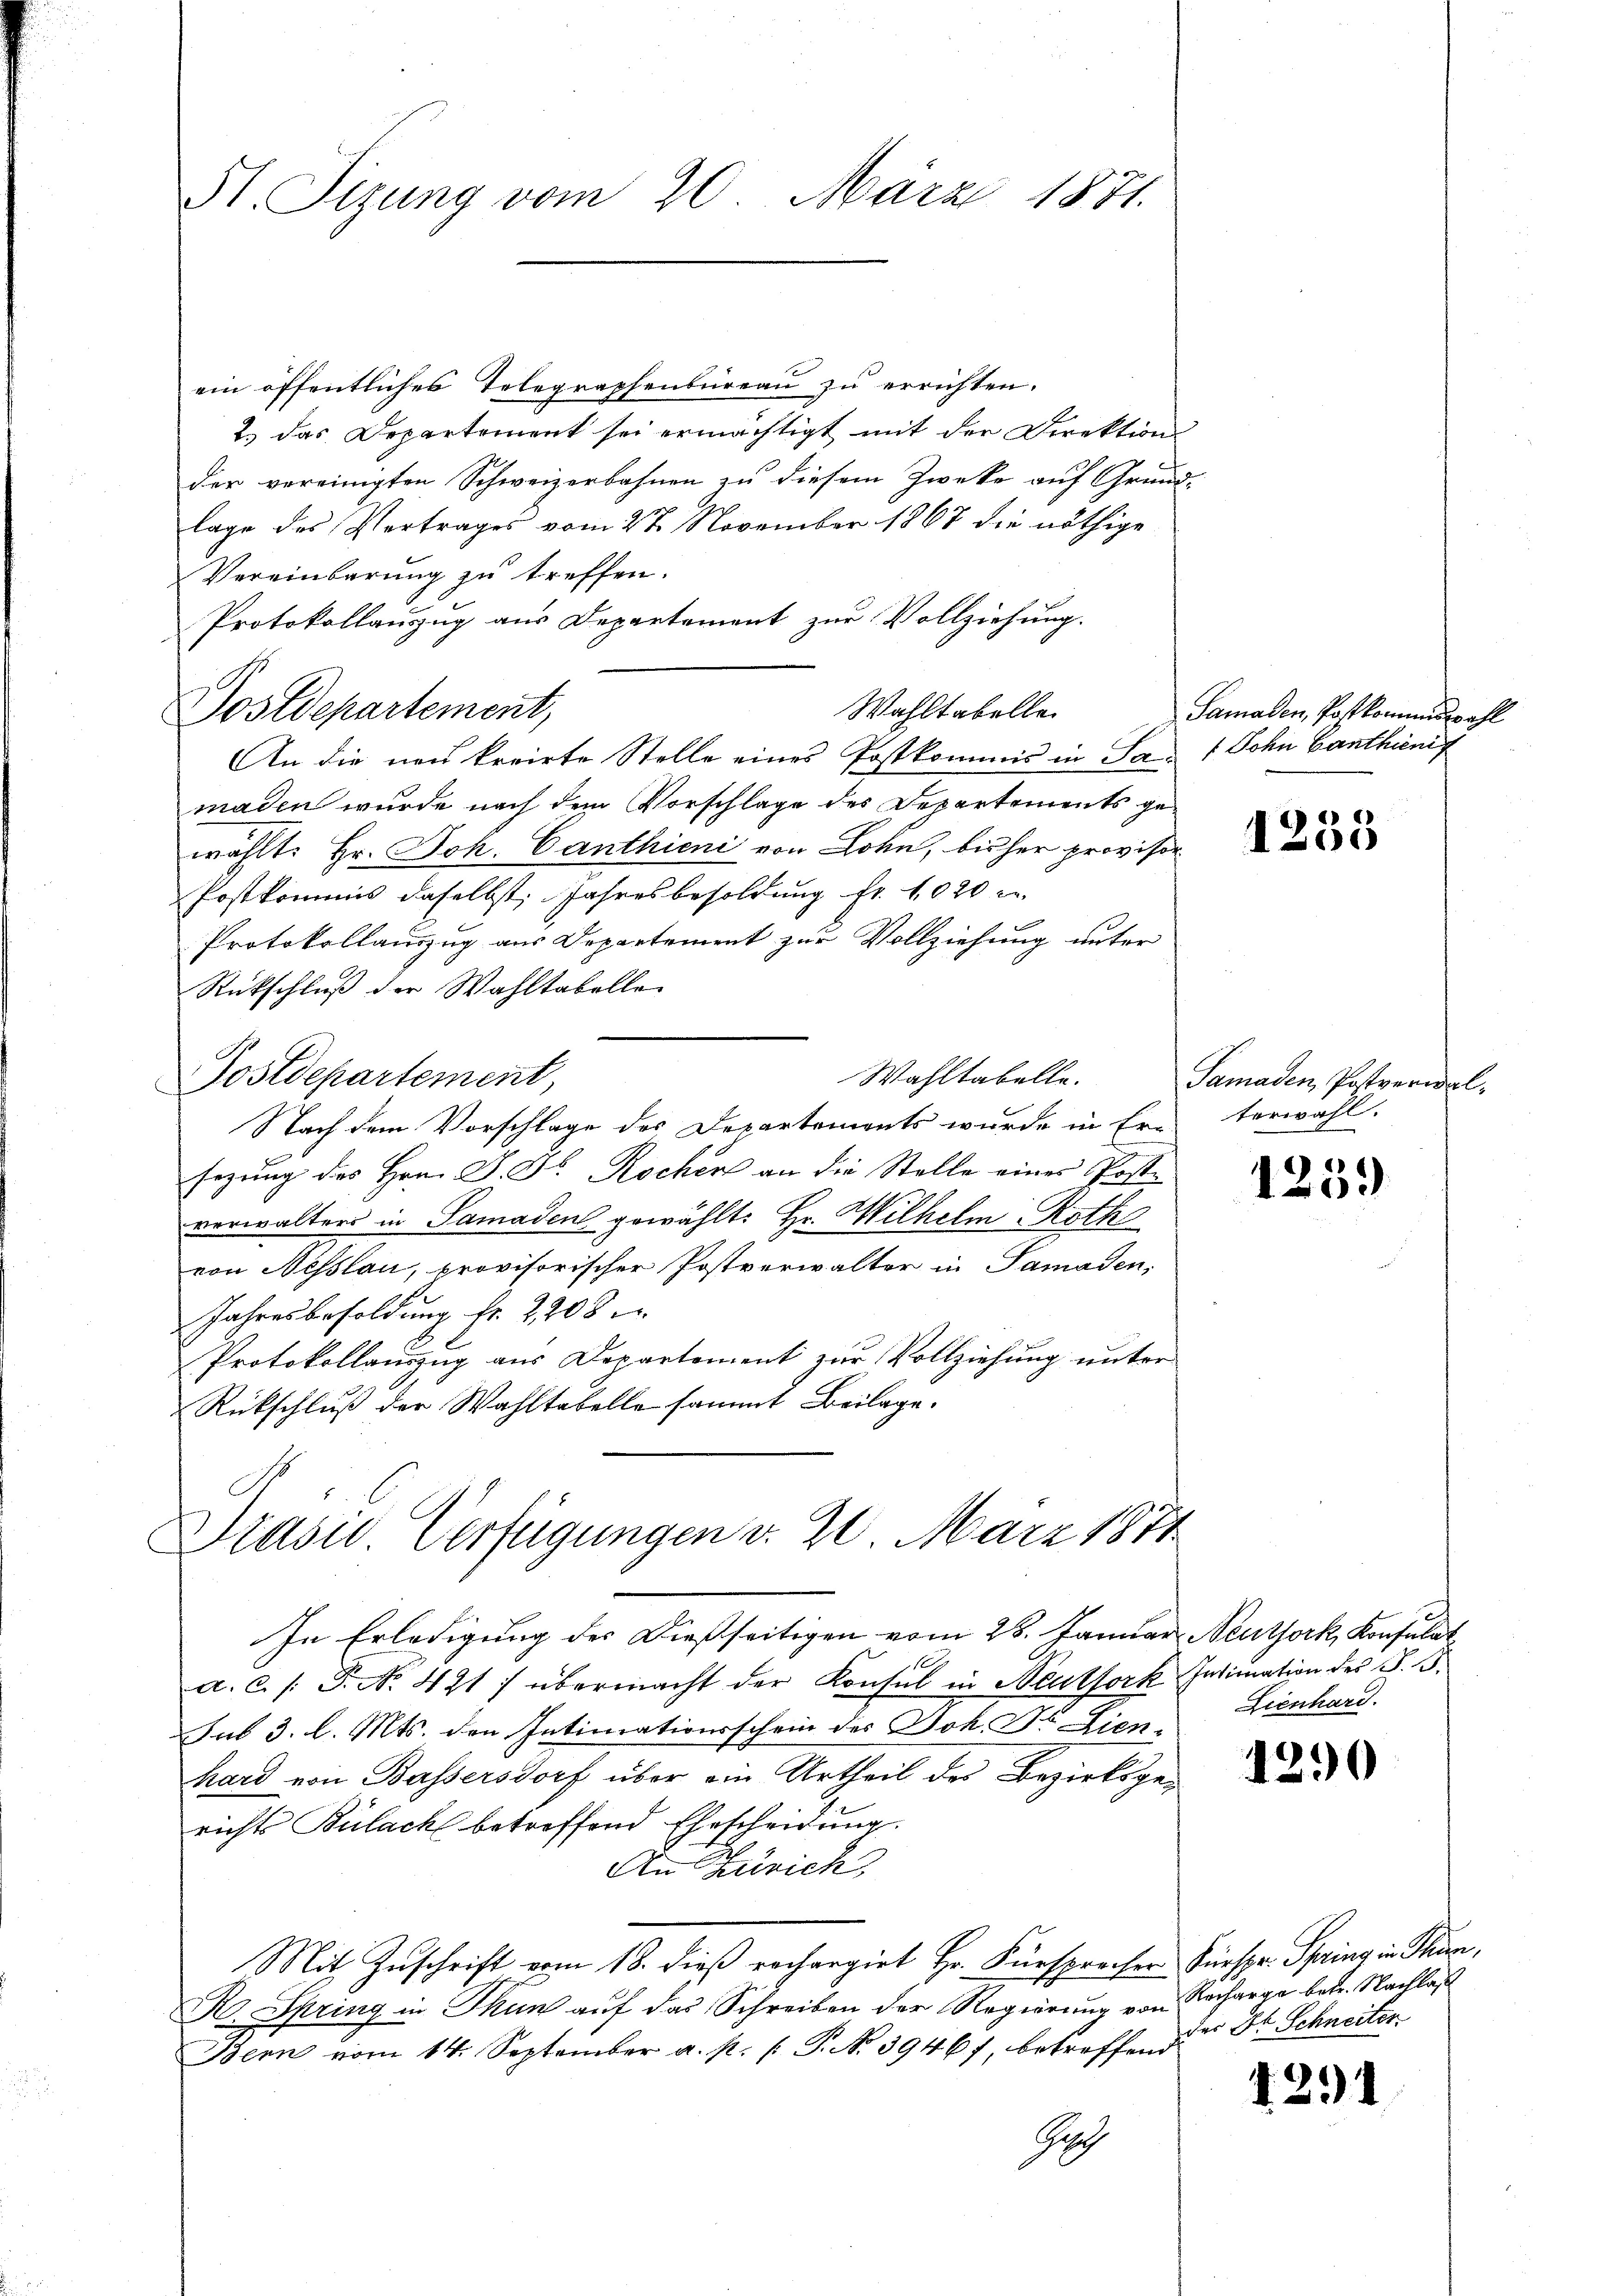
Hl. Sizung vom 20. März 1871.

Postdepartement,

ein öffentliches Telegraphenbüreaŭ zŭ errichten.
2.) das Departement sei ermächtigt mit der Direktion
der vereinigten Schweizerbahnen zu diesem Zwecke auf Grund-
lage des Vertrages vom 27. November 1867 die nöthige
Vereinbarung zu treffen.
Protokollauszug aus Departement zur Vollziehung.
Wahltabelle
An die neu kreiste Stelle eines Postkommis in San 1 Sohn Canthienig
maden wurde nach dem Vorschlage des Departements gewählt: Hr. Joh. Canthieni von Lohn, bisher provisor
Postkommis daselbst, Jahresbesoldung fr. 1020 c
Protokollauszug aus Departement zur Vollziehung unter
Rückschluß der Wahltabelle
Wahltabelle.
Postdepartement,
Nach dem Vorschlage des Departements wurde in Er-terwahl.
sezung des Hrn. J. Dr. Rocher an die Stelle eines Poste
verwalters in Samaden gewählt: Hr. Wilhelm Roth
von Nesslau, provisorischer Postverwalter in Samaden,
Jahresbesoldung fr. 2208
Protokollauszug aus Departement zur Vollziehung unter
Rückschluß der Wahltabelle sammt Beilage.
Drasie Verfügungen d. 20. März 1871

Samaden, Postkommiswahl

In Erledigung des Dießseitigen vom 25. Januar Neuthork, Konsulat
a. C. /: P. No. 421 :/ übermacht der Konsul in Neutfork Intimation der S. B.
sub 3. l. Mts. den Intimationsschein des Joh. Dr. Lienhard von Bassersdorf über ein Urtheil des Bezirksgerichts Bülach betreffend Ehescheidung.
An Zürich,
Mit Zuschrift vom 18. dieß rechargirt Hr. Fürsprecher Fürspr. Spring in Thier,
R Spring in Thun auf das Schreiben der Regierung von Recharge betr. Nachlas
Bern vom 14. September a. p. 1. P. No 3946 f, betreffend
Gech

1235

Samaden, Postveridal-

125.

Lienhard.

1290

der Dr. Schneiter

1291